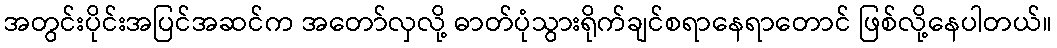
အတွင်းပိုင်းအပြင်အဆင်က အတော်လှလို့ ဓာတ်ပုံသွားရိုက်ချင်စရာနေရာတောင် ဖြစ်လို့နေပါတယ်။